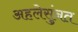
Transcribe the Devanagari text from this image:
अहलेसुंनत